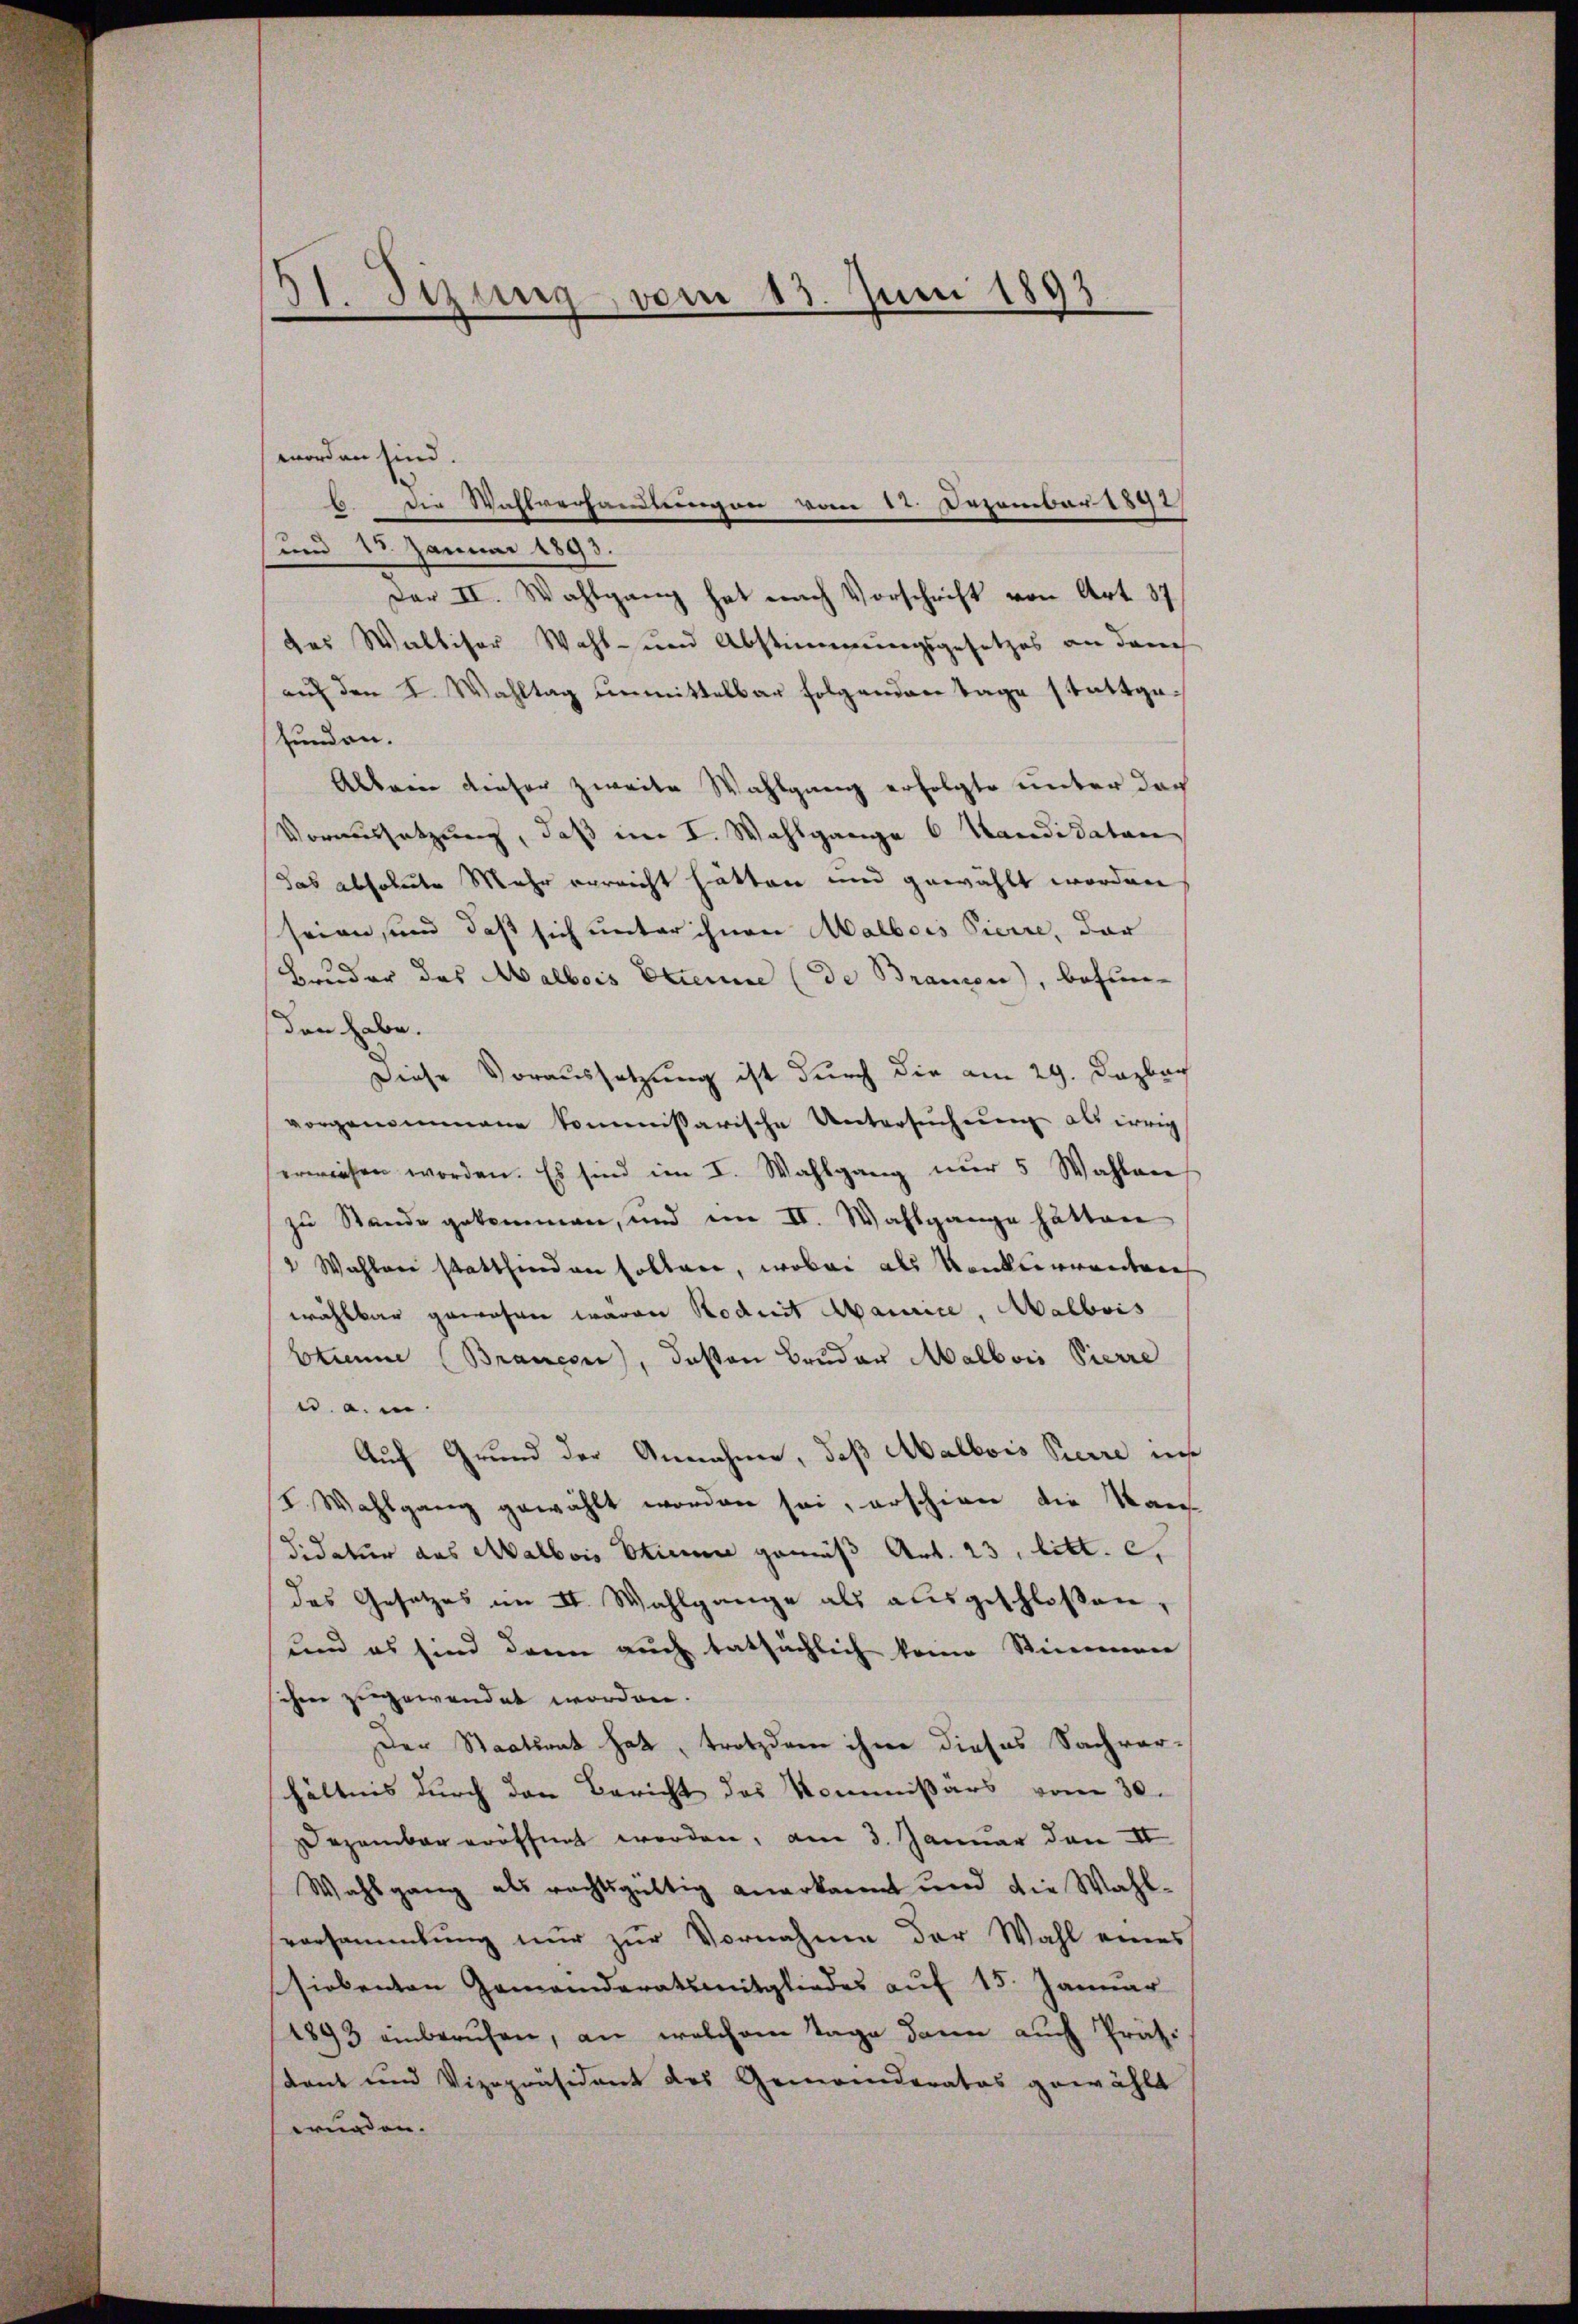
51. Sizung vom 13. Juni 1897.

worden sind.
und 13. Januar 1893.
Der II. Wahlgang hat nach Vorschrift von Art. 37
das Walliser Wahl- und Abstimmungsgesetzes an dam
auf den I. Wahltag unmittelbar folgenden Tage stattgefunden.
Abbaine dieser zweite Wahlgang erfolgte unter das
Voraussetzung, daß im I. Wahlgange 6 Kandidaten
das absolute Mehr erreicht hätten und gewählt worden
seien, und daß sich unter ihnen Malbois Pierre, dar
Bruder das Malbois Etienne (de Brandon, befunden habe.
Diese Voraussetzung ist durch die am 29. Dezbar
vorgenommene kommissarische Untersŭcheŭng als irrig
erwiesen worden. Es sind im I. Wahlgang nur 5 Wahlen
zu Stande gekommen, und im II. Wahlgange hätten
" Wahlen stattfinden sollen, wobei als Konkurrenten
wählbar gewohner waren Koduit Marice, Malbois
Btuum (Brancen), deßen Bruder Malbois Pierre
d. a. m.
Auf Grund der Annahme, daß Aalbois Pierre ins
I. Wahlgang gewählt worden sei, erschien die Kan
didatur das Malbois Stimme gemäß Art. 23, litt. e.
des Gesetzes im II. Wahlgange als ausgeschloßen,
und es sind dann auch tatsächlich keine Stimmen
schen zugewendet worden.
Der Staatsrat hat, trotzdem ihne dieses Sachverhältnis durch den Bericht des Kommißärs vom 30.
Dezember eröffnet worden, am 3. Januar den II
Wahlgang als rechtsgültig anerkannt und die Wahl-
versammlung nur zur Vornahme der Wahl eines
siebenten Gemeinderatsmitgliedes aŭf 15. Januar
(1893 einberuhen, an welchem Tage dann auch Präsi
dant und Vizepräsident des Gemeinderates gewählt
würden.

.der Wahlverhandlungen vom 12. Dezember 1892/